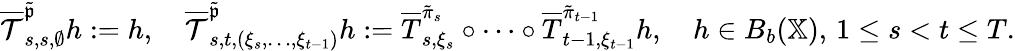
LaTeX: \begin{array}{r}{\overline{{\mathcal{T}}}_{s,s,\emptyset}^{\tilde{\mathfrak{p}}}h:=h,\quad\overline{{\mathcal{T}}}_{s,t,(\xi_{s},\dots,\xi_{t-1})}^{\tilde{\mathfrak{p}}}h:=\overline{{T}}_{s,\xi_{s}}^{\tilde{\pi}_{s}}\circ\cdots\circ\overline{{T}}_{t-1,\xi_{t-1}}^{\tilde{\pi}_{t-1}}h,\quad h\in B_{b}(\mathbb{X}),\, 1\le s<t\le T.}\end{array}